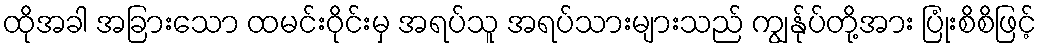
ထိုအခါ အခြားသော ထမင်းဝိုင်းမှ အရပ်သူ အရပ်သားများသည် ကျွန်ုပ်တို့အား ပြုံးစိစိဖြင့်